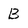
Character: B